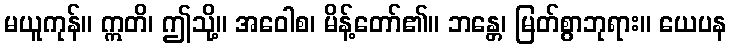
မယူကုန်။ ဣတိ၊ ဤသို့။ အဝေါစ၊ မိန့်တော်၏။ ဘန္တေ၊ မြတ်စွာဘုရား။ ယေပန